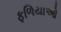
ફળિયાઓ